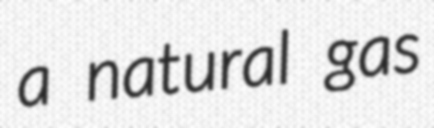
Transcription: a natural gas